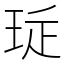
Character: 㻄